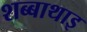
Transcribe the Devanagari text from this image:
शब्बाथाइ